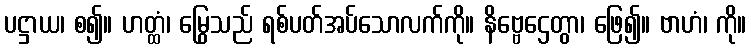
ပဋ္ဌာယ၊ စ၍။ ဟတ္ထံ၊ မြွေသည် ရစ်ပတ်အပ်သောလက်ကို။ နိဗ္ဗေဌေတွာ၊ ဖြေ၍။ ဗာဟံ၊ ကို။